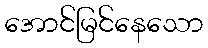
အောင်မြင်နေသော